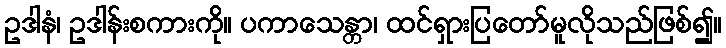
ဥဒါနံ၊ ဥဒါန်းစကားကို။ ပကာသေန္တာ၊ ထင်ရှားပြတော်မူလိုသည်ဖြစ်၍။